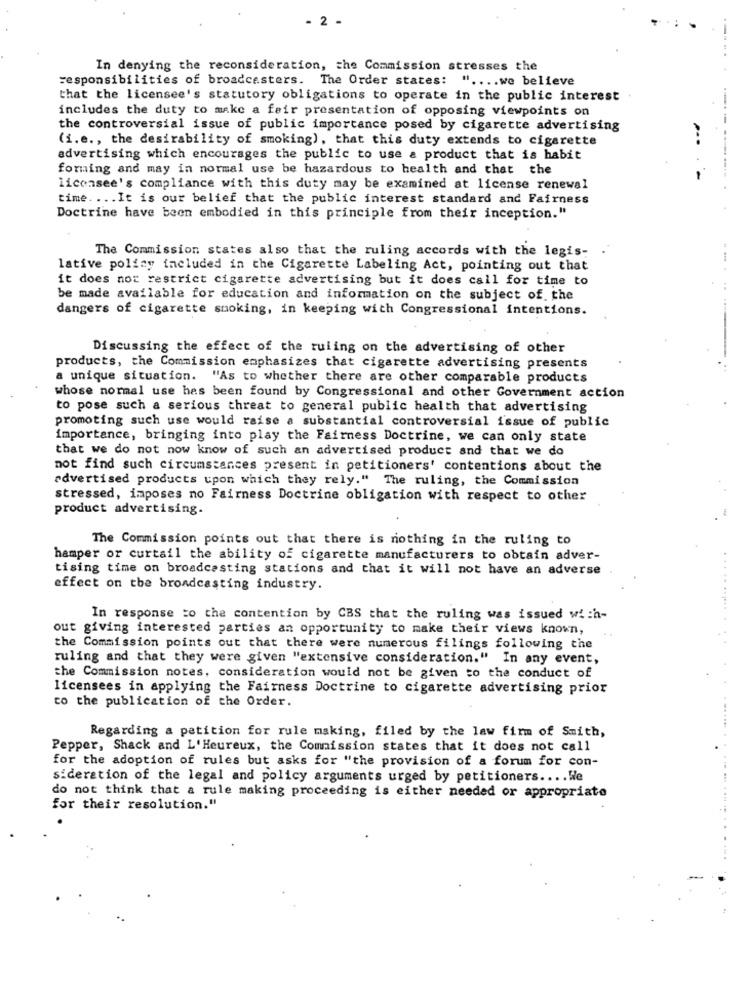
2 -
In denying the reconsideration, the Commission stresses the
responsibilities of broadcasters. The Order states: " .... we believe
that the licensee's statutory obligations to operate in the public interest
includes the duty to make a fair presentation of opposing viewpoints on
the controversial issue of public importance posed by cigarette advertising
(i.e ., the desirability of smoking), that this duty extends to cigarette
advertising which encourages the public to use a product that is habit
forming and may in normal use be hazardous to health and that the
licensee's compliance with this duty may be examined at license renewal
.-....-------.
time. ... It is our belief that the public interest standard and Fairness
Doctrine have been embodied in this principle from their inception."
The Commission states also that the ruling accords with the legis-
lative policy included in the Cigarette Labeling Act, pointing out that
it does not restrict cigarette advertising but it does call for time to
be made available for education and information on the subject of. the
dangers of cigarette smoking, in keeping with Congressional intentions.
Discussing the effect of the ruling on the advertising of other
products, the Commission emphasizes that cigarette advertising presents
a unique situation. "As to whether there are other comparable products
whose normal use has been found by Congressional and other Government action
to pose such a serious threat to general public health that advertising
promoting such use would raise a substantial controversial issue of public
importance, bringing into play the Fairness Doctrine, we can only state
that we do not now know of such an advertised product and that we do
not find such circumstances present in petitioners' contentions about the
advertised products upon which they rely." The ruling, the Commission
stressed, imposes no Fairness Doctrine obligation with respect to other
product advertising.
The Commission points out that there is nothing in the ruling to
hamper or curtail the ability of cigarette manufacturers to obtain adver-
tising time on broadcasting stations and that it will not have an adverse
effect on the broadcasting industry.
In response to the contention by CBS that the ruling was issued with-
out giving interested parties an opportunity to make their views known,
..
the Commission points out that there were numerous filings following the
ruling and that they were given "extensive consideration." In any event,
the Commission notes, consideration would not be given to the conduct of
licensees in applying the Fairness Doctrine to cigarette advertising prior
to the publication of the Order.
Regarding a petition for rule making, filed by the law firm of Smith,
Pepper, Shack and L'Heureux, the Commission states that it does not call
for the adoption of rules but asks for "the provision of a forum for con-
sideration of the legal and policy arguments urged by petitioners .... We
do not think that a rule making proceeding is either needed or appropriate
for their resolution."